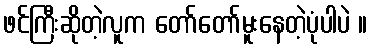
ဖင်ကြီးဆိုတဲ့လူက တော်တော်မူးနေတဲ့ပုံပါပဲ ။